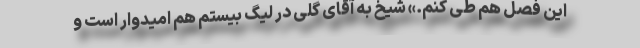
این فصل هم طی کنم.» شیخ به آقای گلی در لیگ بیستم هم امیدوار است و